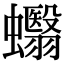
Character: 蠮